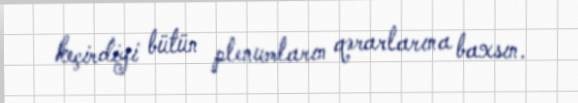
keçirdiyi bütün plenumların qərarlarına baxsın.